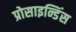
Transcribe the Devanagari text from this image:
प्रोसाइन्डिंस